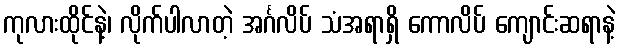
ကုလားထိုင်နဲ့၊ လိုက်ပါလာတဲ့ အင်္ဂလိပ် သံအရာရှိ ကောလိပ် ကျောင်းဆရာနဲ့